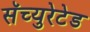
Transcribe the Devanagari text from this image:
सॅच्युरेटेड